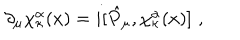
LaTeX: \partial _ { \mu } \chi _ { \kappa } ^ { \alpha } ( x ) = i [ \hat { P } _ { \mu } , \chi _ { \kappa } ^ { \alpha } ( x ) ] \, \, ,